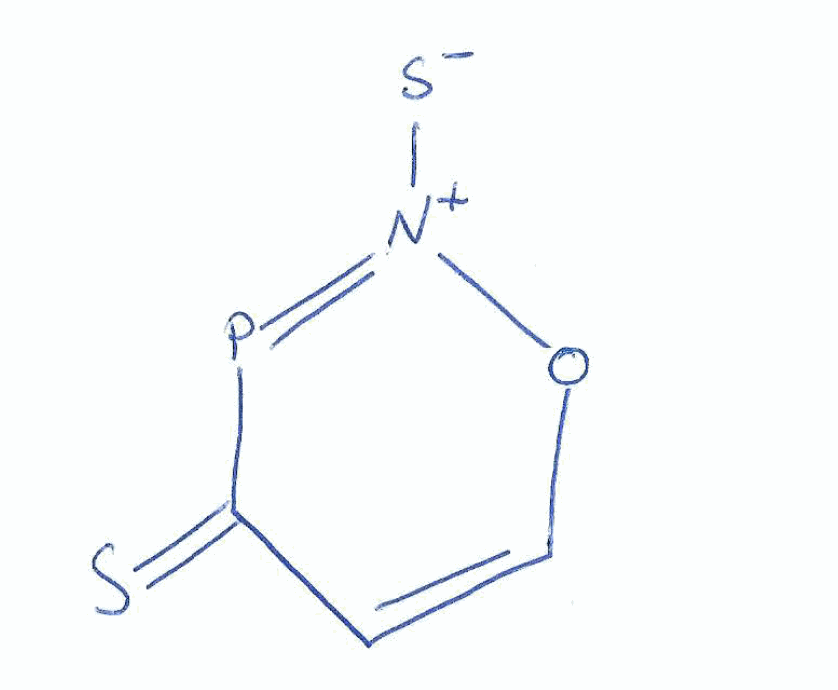
Simplified molecular-input line-entry system (SMILES) notation of the given molecule:
C1=CO[N+](=PC1=S)[S-]